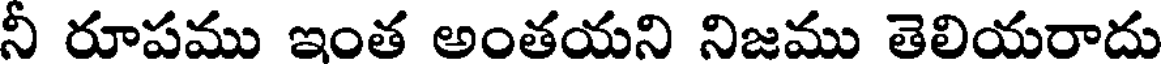
నీ రూపము ఇంత అంతయని నిజము తెలియరాదు